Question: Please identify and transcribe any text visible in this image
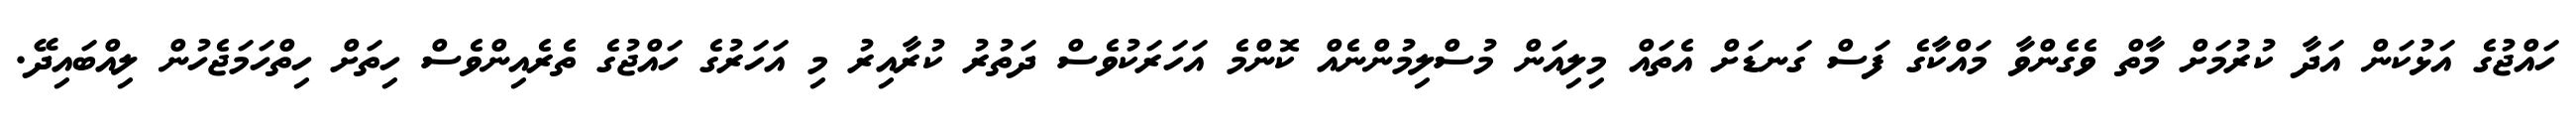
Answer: ހައްޖުގެ އަޅުކަން އަދާ ކުރުމަށް މާތް ވެގެންވާ މައްކާގެ ފަސް ގަނޑަށް އެތައް މިލިއަން މުސްލިމުންނެއް ކޮންމެ އަހަރަކުވެސް ދަތުރު ކުރާއިރު މި އަހަރުގެ ހައްޖުގެ ތެރެއިންވެސް ހިތަށް ހިތްހަމަޖެހުން ލިއްބައިދޭ.